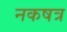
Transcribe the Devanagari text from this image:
नकषत्र